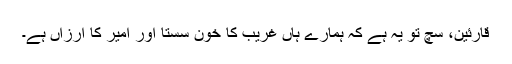
قارئین، سچ تو یہ ہے کہ ہمارے ہاں غریب کا خون سستا اور امیر کا ارزاں ہے۔